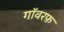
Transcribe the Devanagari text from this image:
गॉवरफ़